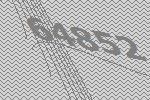
64852